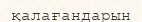
қалағандарын